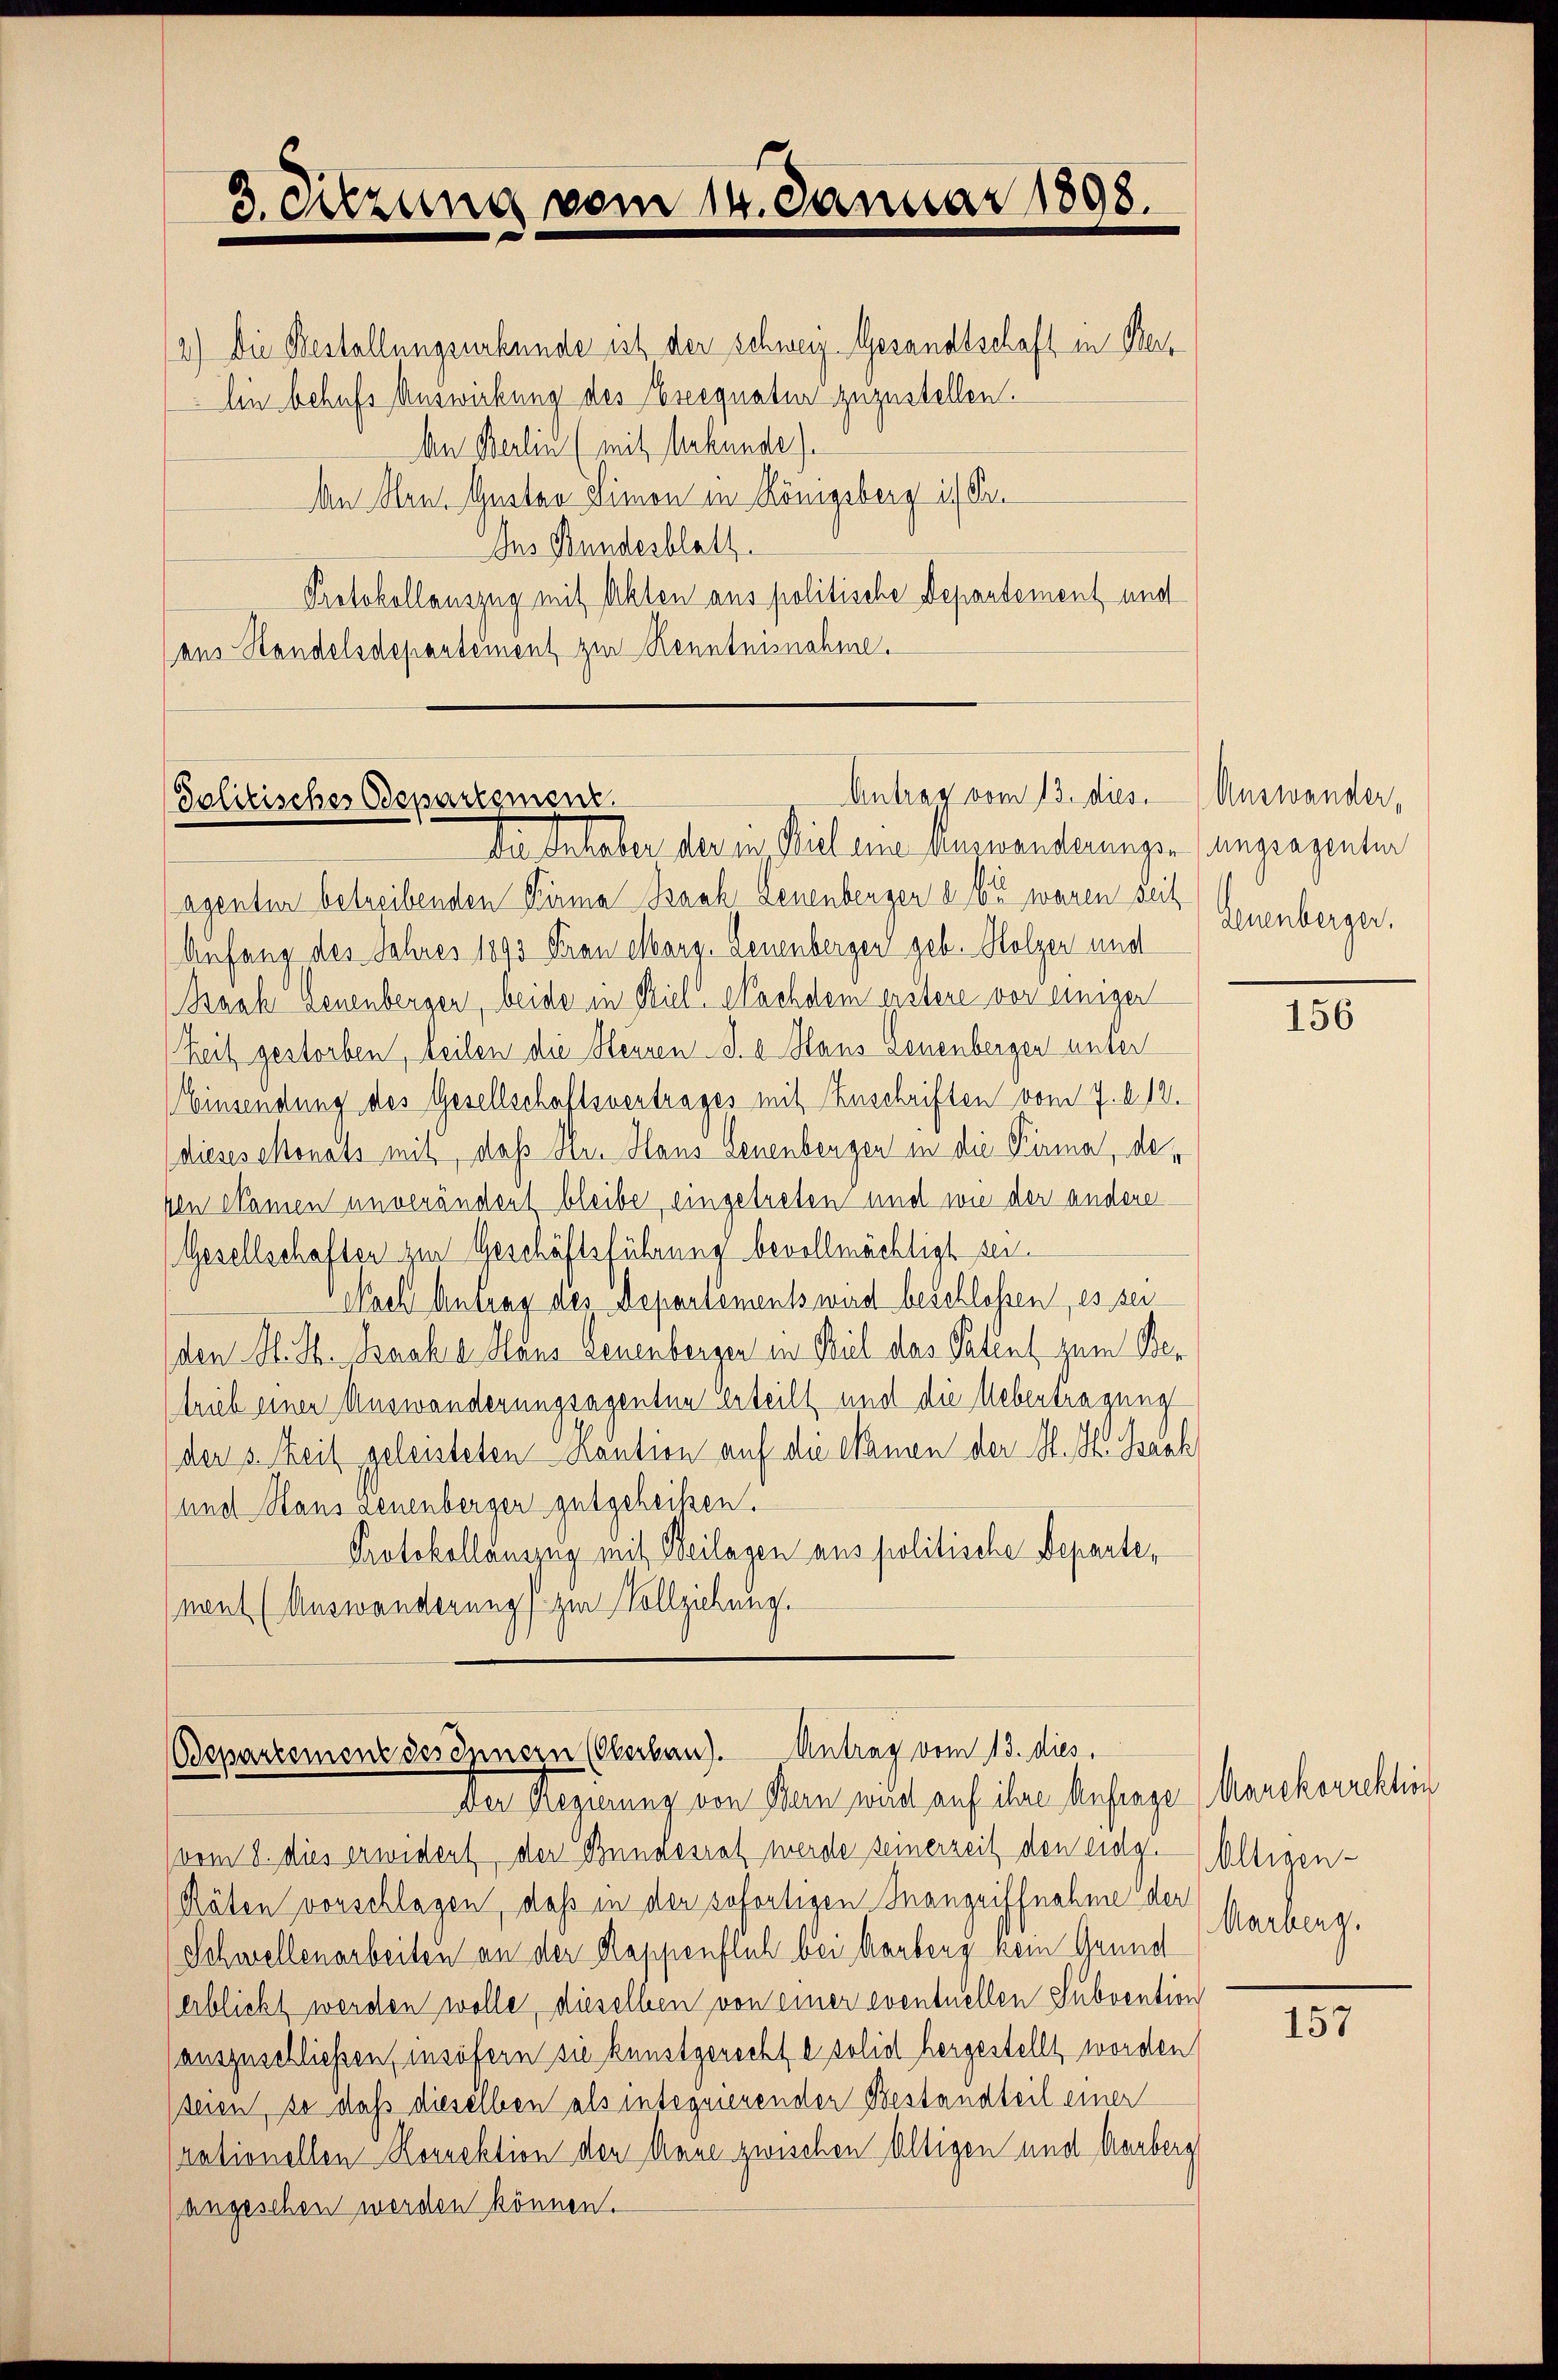
3. Sitzung vom 14. Januar 1898.

2.) Die Bestellungsurkunde ist der Schweiz. Gesandtschaft in Ber
Ein behufs Auswirkung des Ereignatur zuzustellen.
An Berlin (mit herbunde).
An Hrn. Gustav Limon in Königsberg ist e
Ins Bundesblatt
Protokollauszug mit Akten aus politische Departement und
ans Standelsdepantement zur Kenntnisnahme.

Antrag vom 13. dies Auswander,
Solitisches Odepartement.
Der Inhaber der in Viel eine Verwanderungen angräsenten

Bdepartement des Innern (Oberhau). Antrag vom 13. dies
Der Regierung von Bern wird auf ihre Anfrage (Marckorrektion

agentur betreibenden Firma Bach Leuenbergen a. Er waren seit
Aufang des Jahres 1893 Frau Marg. Leuenberger geb. Holzer und
Bach Leuenbergen, beide in Biel Nachdem erstere vor einiger
Zeit gestorben, teilen die Heuren S. a Haus Gonenbergen unter
Einsendung des Gesellschaftsvertrages mit Zuschriften vom 7. d. 12.
(dieses Monats mit, daß Hr. Hans Leuenbergen in die Firma, de¬
Ien Namen unverändert bleibe eingetreten und wie der andere
(Gesellschaften zur Geschäftsführung bevollmächtigt sei.
Nach Antrag des Repartements wird beschlossen, es sei
den St. Th. Bache Haus Leuenberger in Biel das Patent zum Betrieb einer Auswanderungsagenten erteilt und die Uebertragung
der s. Zeit geleisteten Kaution auf die Namen der H. H. Bach
und Haus Leuenberger gutgeheißen.
Protokollanzzug mit Beilagen aus politische Departe,
(nant (Auswanderung zur Vollziehung.

(vom 8. dies erwidert, der Bundesrat werde seinerzeit den eidg. Altigen-
Räten vorschlagen, daß in der sofortigen Mangriffnahme der
Schwellenarbeiten an der Kappenflich bei Aarberg kein Grund
(erblickt werden wolle, dieselben von einer eventuellen Subvention
auszuschließen, insofern sie kunstgerecht es solid hergestellt worden
(seien, so daß dieselben als integnierender Bestandteil einer
rationellen Korrektion den Mane zwischen Altigen und Aarberg
(angesehen werden können.

Leuenberger.

156

Marbeng.

157